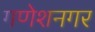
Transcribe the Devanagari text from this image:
गणेशनगर